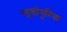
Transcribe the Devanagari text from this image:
स्यूडोयूरिक